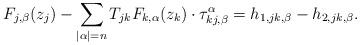
LaTeX: \begin{align*}F_{j, \beta}(z_j)-\sum_{|\alpha|=n}T_{jk}F_{k, \alpha}(z_k)\cdot\tau_{kj, \beta}^\alpha=h_{1, jk, \beta}-h_{2, jk, \beta}. \end{align*}